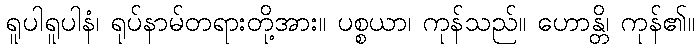
ရူပါရူပါနံ၊ ရုပ်နာမ်တရားတို့အား။ ပစ္စယာ၊ ကုန်သည်။ ဟောန္တိ၊ ကုန်၏။